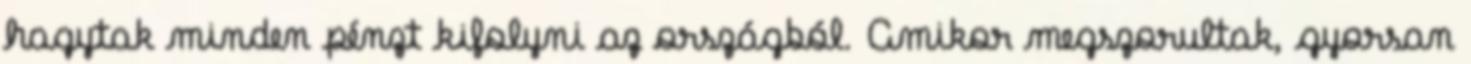
hagytak minden pénzt kifolyni az országból. Amikor megszorultak, gyorsan